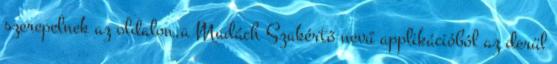
szerepelnek az oldalon,a Madách Szakértő nevű applikációból az derül